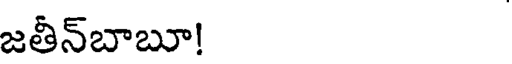
జతీన్బాబూ!